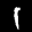
Label: 1